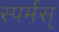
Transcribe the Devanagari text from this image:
स्पर्मस्‌